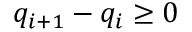
q _ { i + 1 } - q _ { i } \ge 0